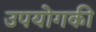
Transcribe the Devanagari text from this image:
उपयोगकी